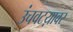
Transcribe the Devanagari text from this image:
उंचवटय़ावर